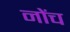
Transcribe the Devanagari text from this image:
नोंच